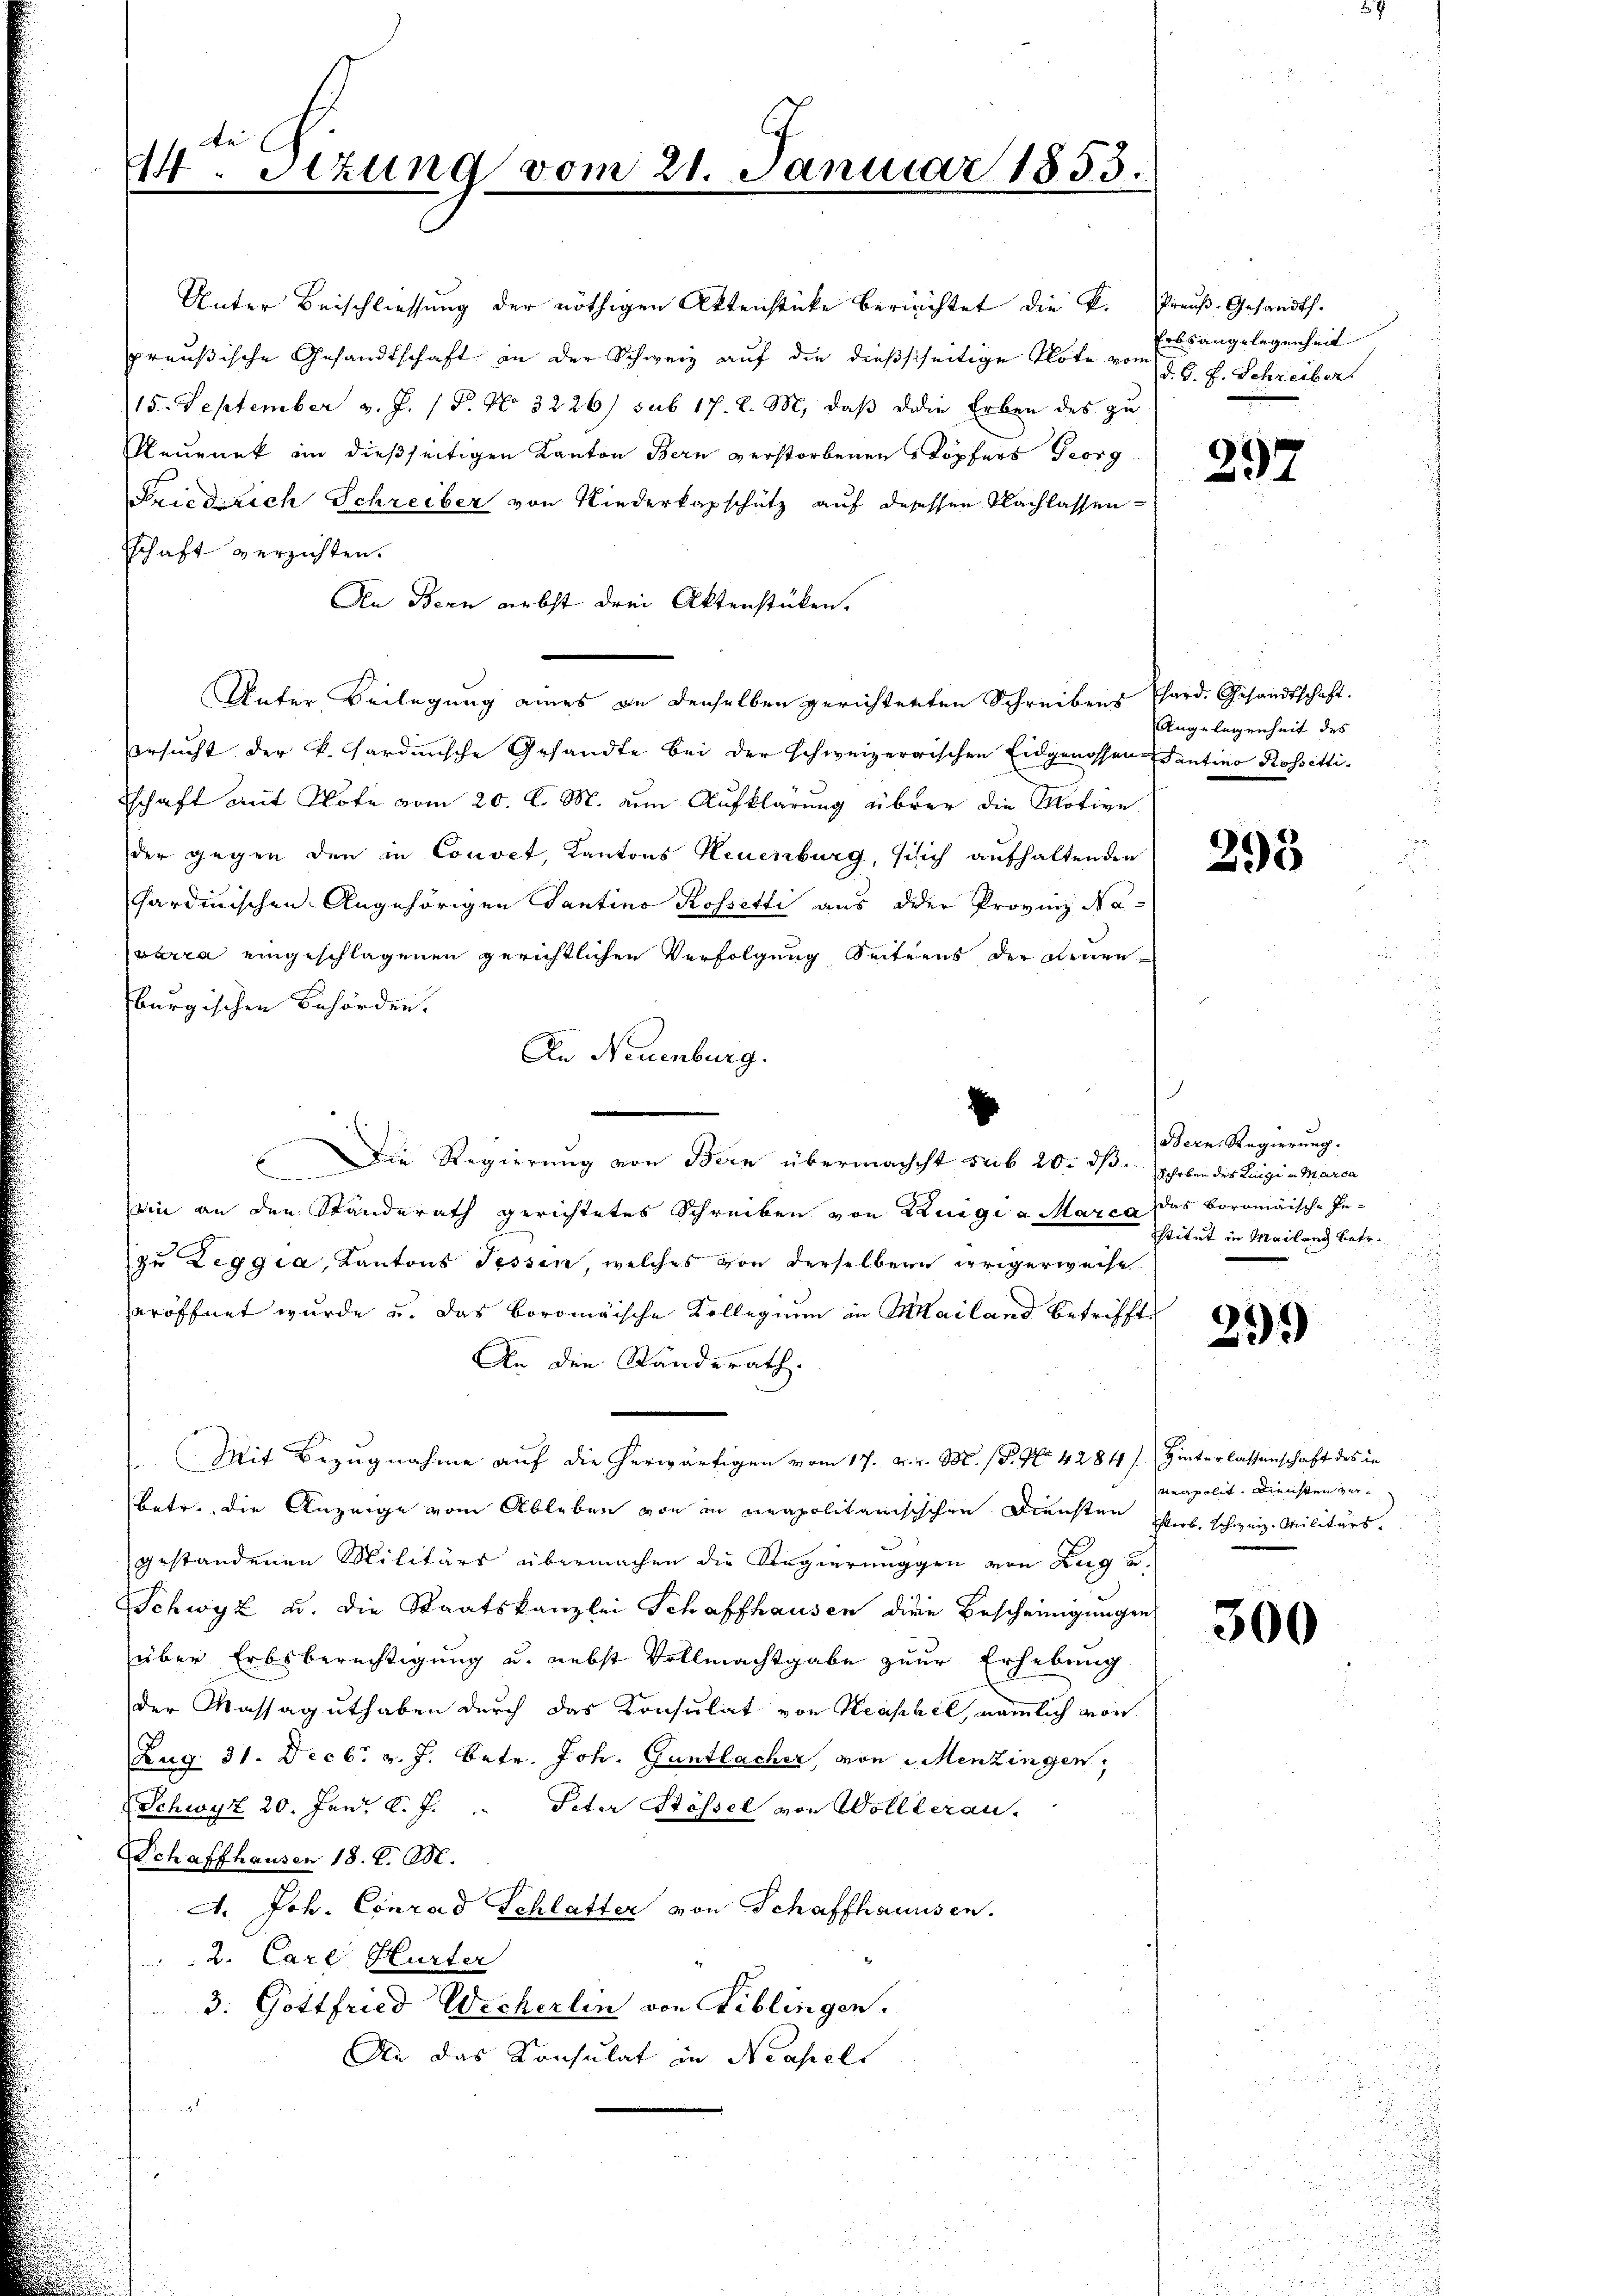
44. Szung vom 21. Januar 1853.

Unter Beischliessung der nöthigen Aktenstücke berichtet die K. Preuß. Gesandts.
preußische Gesandtschaft an der Schweiz auf die dießsseitige Klote vom 5. d. J. Schreiber
115. September v. J. P. No 3226/ sub 17. d. M, daß die Erben des zu
Rleugnet in dießseitigen Kanton Bern verstorbenen Köpfers Georg
Friedrich Schreiber von Niederkapschütz auf desessen Nachlassentschaft verzichten.
Aen Bern nebst drei Aktenstücken.
Unter Beilegung eines an denselben gerichterten Schreibens hard. Gesandtschaft.
ersucht der k. Hardinische Gesandte bei der schweizerrischen Eidgenossen-Sentino Rossittischaft mit Klote vom 20. d. M. um Aufklärung über die Motive
der gegen den in Convet, Kantons Neuenburg, sich aufhaltenden
sardinischen Angehörigen Santino Rossetti aus der Provinz Na-
verra eingeschlagenen gerichtlichen Verfolgung Seitens der denenburgischen Behörden.
An Neuenburg.
x
Die Regierung von Bern übermachcht sub 20. dß. heben des Ringi a Marca
ein an den Standerath gerichtetes Schreiben von Luigi a Marca das boromäische Inzu Leggia, Kantons Tessen, welches von derselben irrigerweise
eröffnet wurde u. das Boromische Kollegium in Mailand betrifft,
An den Standerath.
Mit Bezugnahme auf die herwärtigen vom 17. A. v. M. P. Nr. 4284). Hinterlassenschaft des in
betr. die Anzeige vom Ableben von in neapolitanisischen Diensten pr. schweiz. Militärs.
gestandenen Militärs übermachen die Regierungen von Zug u.
Schwyz u. die Staatskanzlei Schaffhausen die Bescheinigungen
über Erbsberechtigung u. nebst Vollmachtgabe zur Erhebung
der Massaguthaben durch das Konsulat von Heashel, nämlich von
Zug 31. Decbr. v. J. betr. Joh. Guntlacher, von Menzingen,
Schwyz 20. Juni l. J.
Peter Stössel von Wollterau
Schaffhausen 18. d. M.
A. Joh. Conrad Schlatter von Schaffhausen.
2. Carl Hurter
3. Gottfried Wecherlin von Biblingen.
An das Konsulat in Neapels
.

Erbsangelegenheit

297

Angelegenheit des

295

Bern. Regierung.
stitut in Mailand betr.

299)

apolit. Diensten zu¬

300